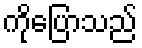
ကိုပြောသည်